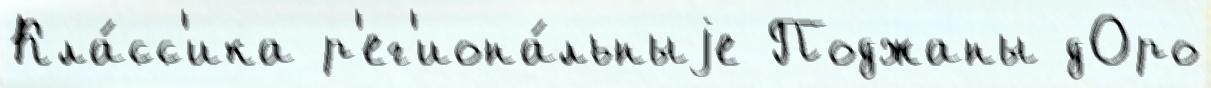
Кла́сс'ика р'ег'иона́льныjе Поджаны дОро